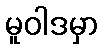
မူဝါဒမှာ